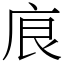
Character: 㡾